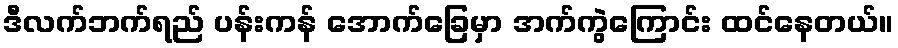
ဒီလက်ဘက်ရည် ပန်းကန် အောက်ခြေမှာ အက်ကွဲကြောင်း ထင်နေတယ်။